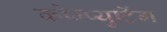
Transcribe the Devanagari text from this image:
कोम्प्युटिंग